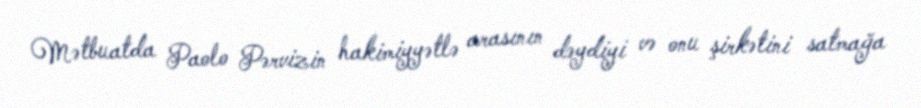
Mətbuatda Paolo Pərvizin hakimiyyətlə arasının dəydiyi və onu şirkətini satmağa